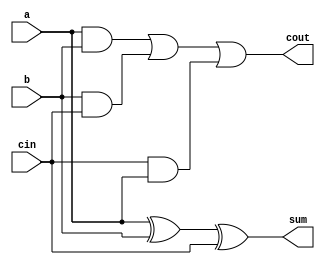
module FA(a,b,cin,sum,cout);

input a,b,cin;
output sum, cout;
wire out1,out2,out3;

xor X0(sum,a,b,cin);
and A1(out1,a,b),
    A2(out2,b,cin),
    A3(out3,cin,a);

or  O0(cout,out1,out2,out3);

endmodule


module add8bit(cout,sum,overflow,a,b,cin);
    output [7:0] sum;
    output cout,overflow;
    input [7:0] a,b;
    input cin;
    
    wire cout0,cout1,cout2,cout3,cout4,cout5,cout6;
    
    FA A0(a[0],b[0],cin,sum[0],cout0);
    FA A1(a[1],b[1],cout0,sum[1],cout1);
    FA A2(a[2],b[2],cout1,sum[2],cout2);
    FA A3(a[3],b[3],cout2,sum[3],cout3);
    FA A4(a[4],b[4],cout3,sum[4],cout4);
    FA A5(a[5],b[5],cout4,sum[5],cout5);
    FA A6(a[6],b[6],cout5,sum[6],cout6);
    FA A7(a[7],b[7],cout6,sum[7],cout);
    
    xor X0(overflow,cout,cout6);
endmodule